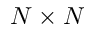
N \times N